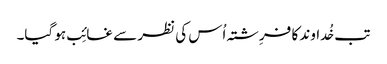
تب خُداوند کا فرِشتہ اُس کی نظر سے غائِب ہو گیا۔